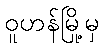
ဝူဟန်မြို့မှ